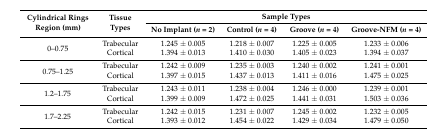
| <ROWSPAN=2> Cylindrical Rings Region (mm) | <ROWSPAN=2> Tissue Types | <COLSPAN=4> Sample Types |
 | No Implant (n = 2) | Control (n = 4) | Groove (n = 4) | Groove-NFM (n = 4) |
 | --- | --- | --- | --- | --- | --- |
 | <ROWSPAN=2> 0–0.75 | Trabecular | 1.245 ± 0.005 | 1.218 ± 0.007 | 1.225 ± 0.005 | 1.233 ± 0.006 |
 | Cortical | 1.394 ± 0.013 | 1.410 ± 0.030 | 1.405 ± 0.023 | 1.394 ± 0.037 |
 | <ROWSPAN=2> 0.75–1.25 | Trabecular | 1.242 ± 0.009 | 1.235 ± 0.003 | 1.240 ± 0.002 | 1.241 ± 0.001 |
 | Cortical | 1.397 ± 0.015 | 1.437 ± 0.013 | 1.411 ± 0.016 | 1.475 ± 0.025 |
 | <ROWSPAN=2> 1.2–1.75 | Trabecular | 1.243 ± 0.011 | 1.238 ± 0.004 | 1.246 ± 0.000 | 1.239 ± 0.001 |
 | Cortical | 1.399 ± 0.009 | 1.472 ± 0.025 | 1.441 ± 0.031 | 1.503 ± 0.036 |
 | <ROWSPAN=2> 1.7–2.25 | Trabecular | 1.242 ± 0.015 | 1.231 ± 0.007 | 1.245 ± 0.002 | 1.232 ± 0.005 |
 | Cortical | 1.393 ± 0.012 | 1.454 ± 0.022 | 1.429 ± 0.034 | 1.479 ± 0.050 |